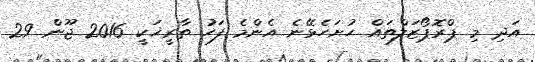
އަދި މި ޕްރޮޕޯޒަލްތައް ހުށަހެޅޭނެ އެންމެ ފަހު ތާރީޚަކީ 2016 ޖޫން 29